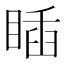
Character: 𥈊